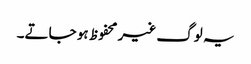
یہ لوگ غیر محفوظ ہو جاتے۔